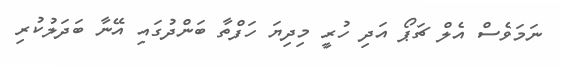
ނަމަވެސް އެލް ޗަޕޯ އަދި ހުރީ މިދިޔަ ހަފްތާ ބަންދުގައި އޭނާ ބަދަލުކުރި